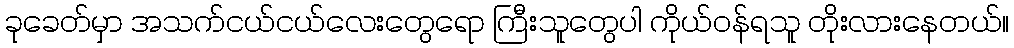
ခုခေတ်မှာ အသက်ငယ်ငယ်လေးတွေရော ကြီးသူတွေပါ ကိုယ်ဝန်ရသူ တိုးလားနေတယ်။